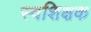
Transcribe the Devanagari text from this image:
स्वशिक्षक